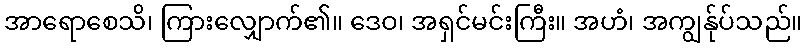
အာရောစေသိ၊ ကြားလျှောက်၏။ ဒေဝ၊ အရှင်မင်းကြီး။ အဟံ၊ အကျွန်ုပ်သည်။